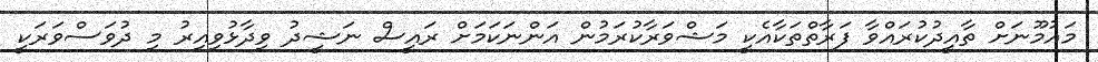
މައުމޫނަށް ތާއީދުކުރައްވާ ފަރާތްތަކާއެކީ މަޝްވަރާކުރަމުން އަންނަކަމަށް ރައީސް ނަޝީދު ވިދާޅުވިއިރު މި ދުވަސްވަރަކީ